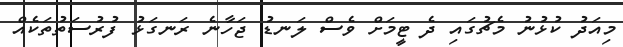
މިއަދު ކުޅުނު މެޗުގައި ދެ ޓީމަށް ވެސް ލަނޑު ޖަހާނެ ރަނގަޅު ފުރުސަތުތަކެއް